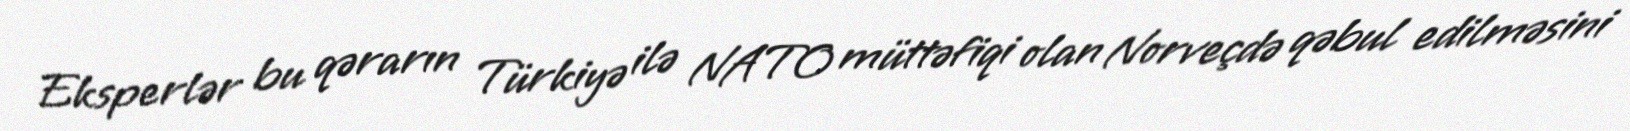
Eksperlər bu qərarın Türkiyə ilə NATO müttəfiqi olan Norveçdə qəbul edilməsini